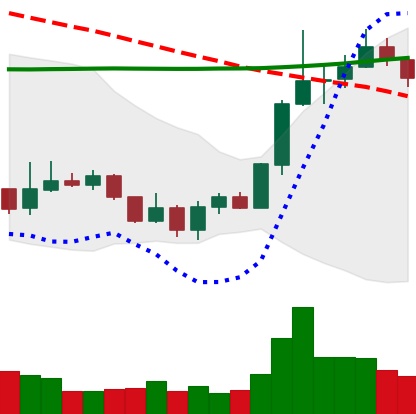
Ticker: LINK-USD
Chart end date: 2020-01-13
Forward return: 26.53%
Label: up_7plus